Report on the bubonic plague in Bombay, 1896-1897
Year: 1896
Disease focus: Plague
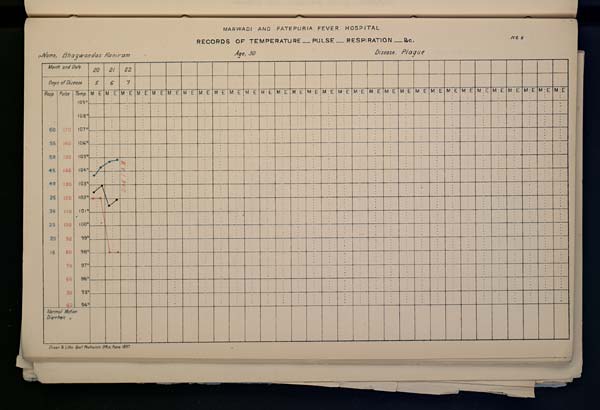
MARWADI AND FATEPURIA FEVER
HOSPITAL
RECORDS OF TEMPERATURE __ PULSE __ RESPIRATION __ &c. No. 8
Name,
Bhagwandas
Kaniram
Age,
30
Disease,
Plague
Drawn & Litho: Govt. Photozinco: Office, Poona 1897.